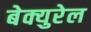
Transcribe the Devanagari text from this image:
बेक्युरेल